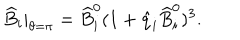
LaTeX: \widehat B _ { i } | _ { \theta = \pi } = { \widehat B } _ { i } ^ { 0 } ( 1 + \hat { q } _ { i } { \widehat B } _ { i } ^ { 0 } ) ^ { 3 } .